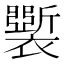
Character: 𧞐